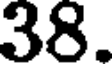
38.